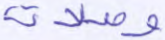
وصلات